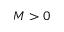
M > 0